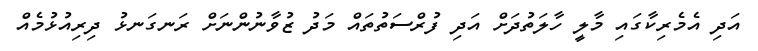
އަދި އެމެރިކާގައި މާލީ ހާލަތުދަށް އަދި ފުރްސަތުތައް މަދު ޒުވާނުންނަށް ރަނގަނޅު ދިރިއުޅުމެއް